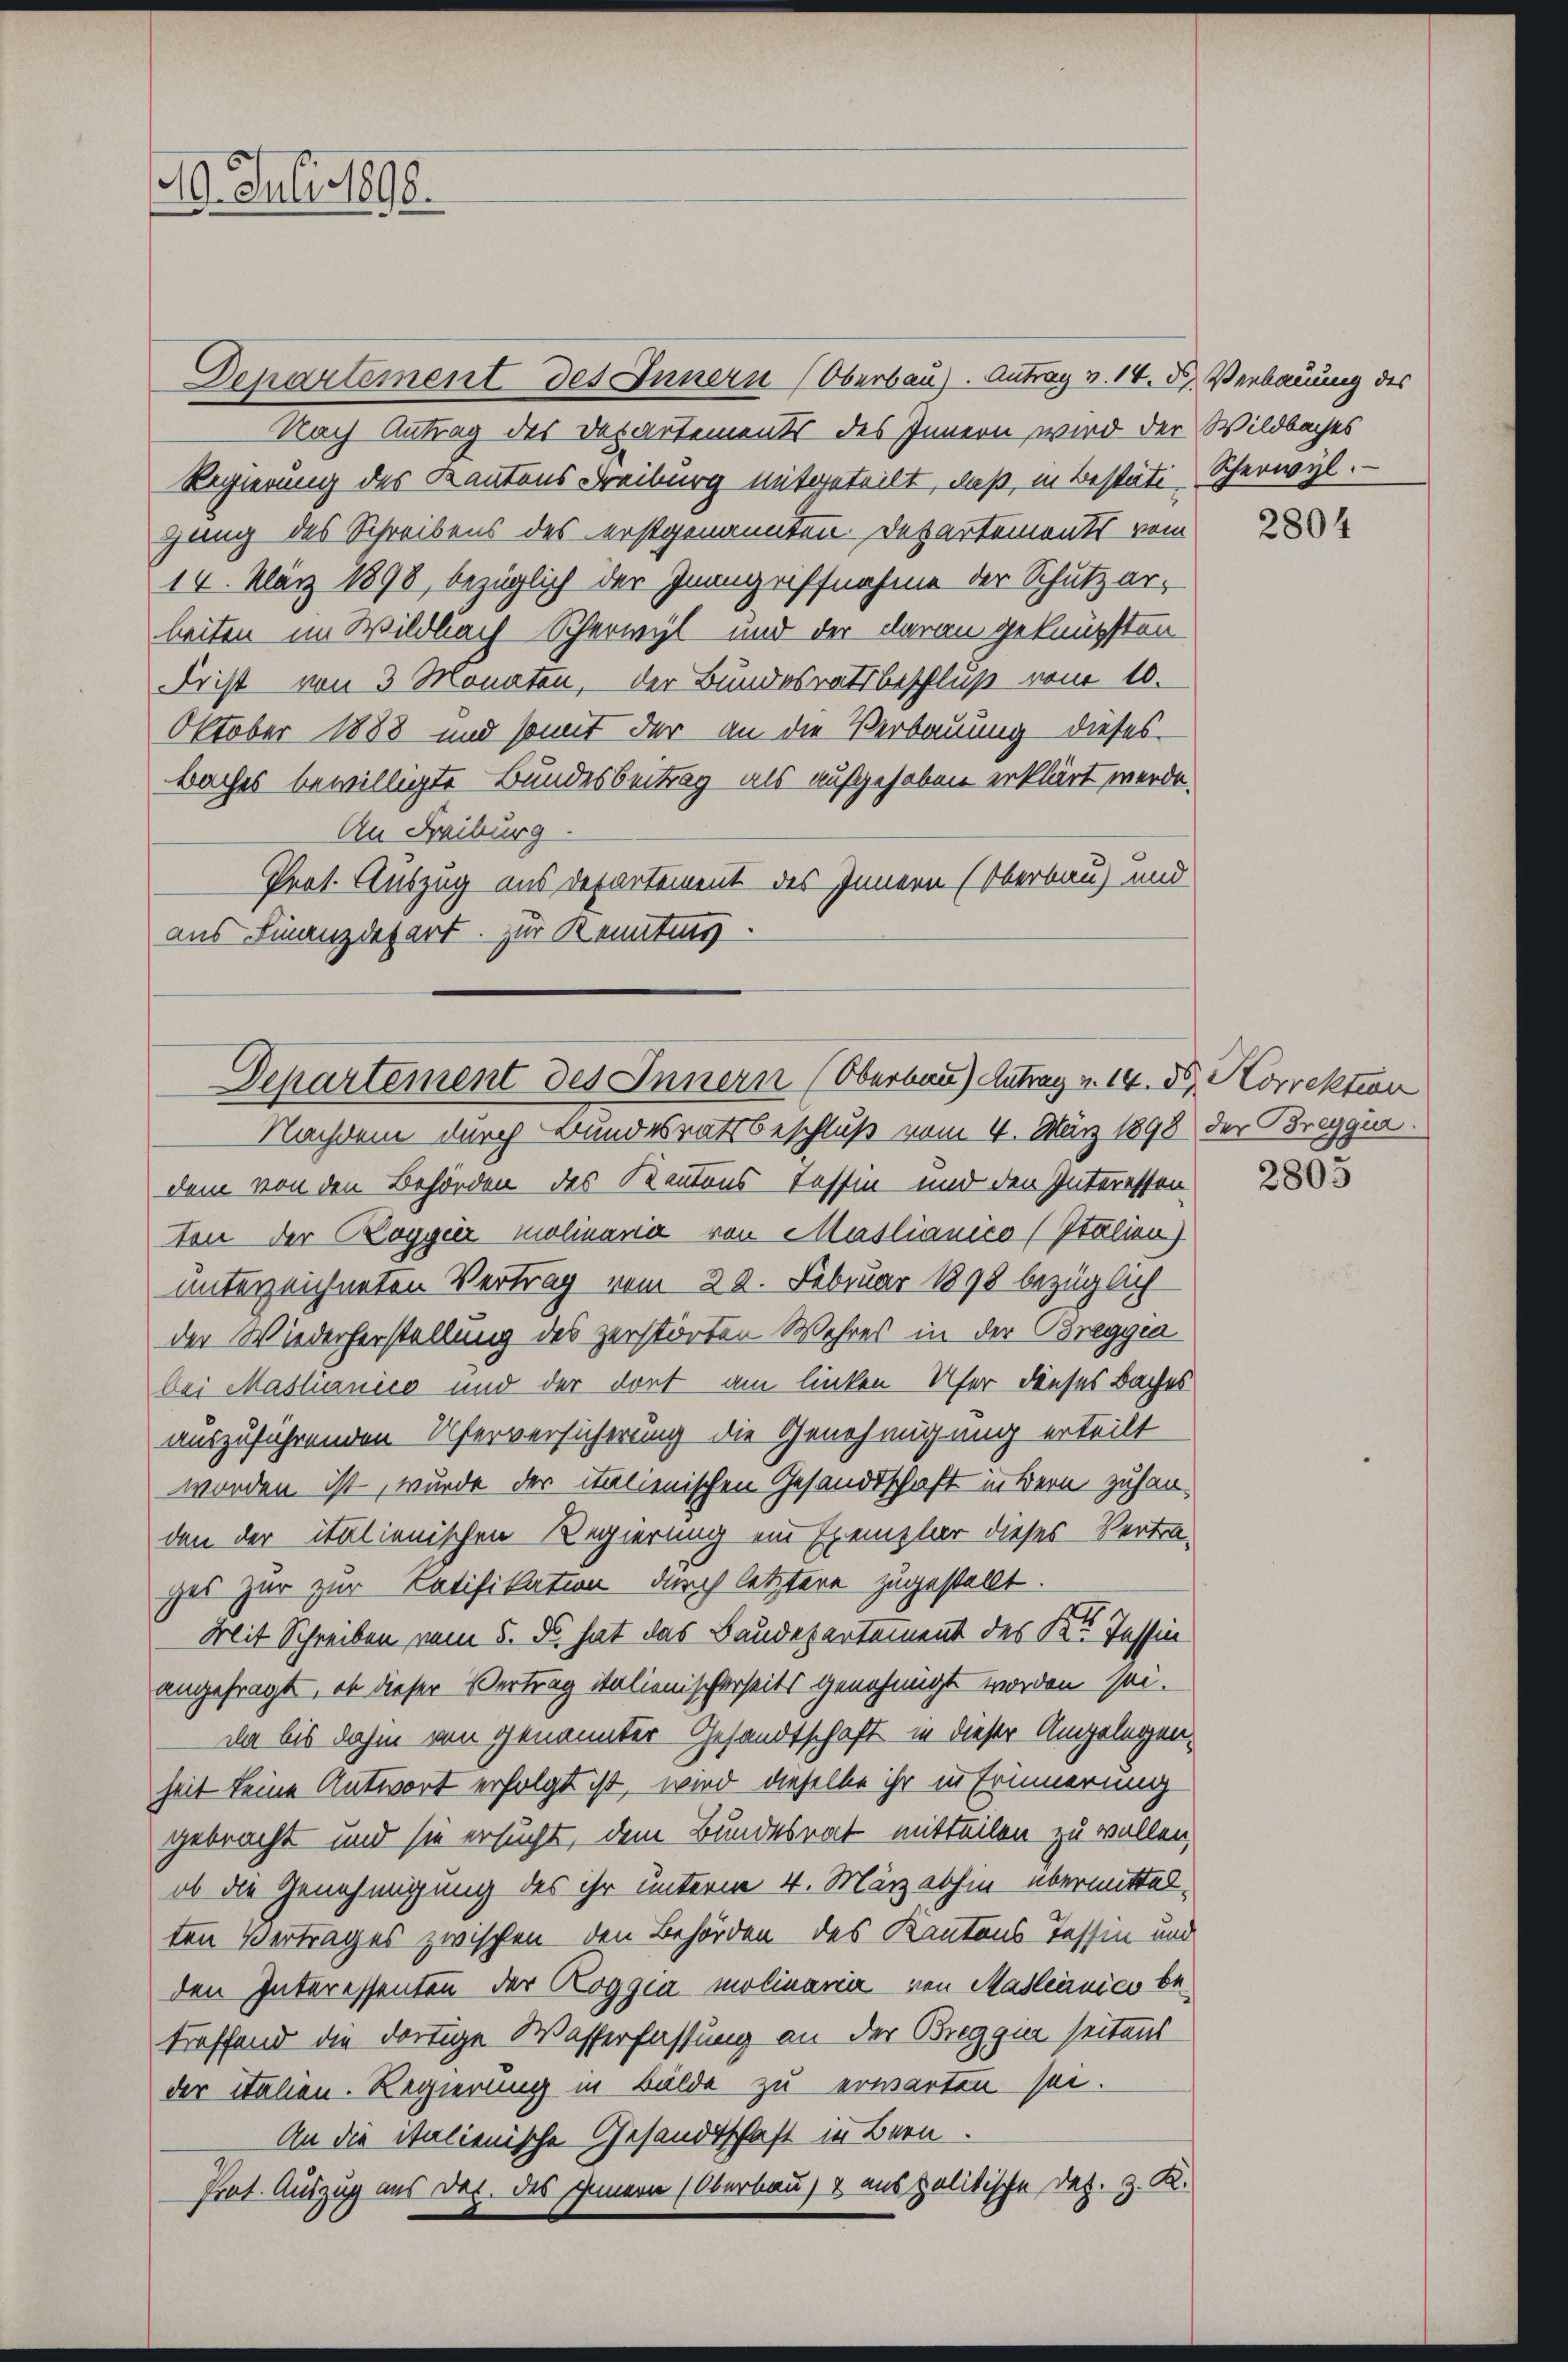
Departement des Innern (Oberbau). Antrag v. 14. d. Verbauung des
Nach Antrag des Departements des Innern wird der Wildbaches
Regierung des Kantons Freiburg mitgeteilt, daß, in Bestäti-Scherwyl.
gang des Schreibens des erstgenannten Departements vom
14. März 1898, bezüglich der Inangriffnahme der Schutz erbeiten im Wildbach Scherwyl und der daran geknüpften
Frist von 3 Monaten, der Bundesratsbeschluß vom 10.
Oktober 1888 und somit der an die Verbauung dieses
Baches bewilligte Bundesbeitrag als aufgehoben erklärt werde.
An Freiburg.
Prat. Auszug aus Departement des Innern (Oberbau) und
aus Finanzdepart. Zur Kenntung.

40. Juli 1898.

Departement des Innern (Oberbau) Antrag v. 14.
Nachdem durch Bundesratsbeschluß vom 4. März 1898 der Breggia.

dem von den Behörden des Reutens Tessin und den Interessen
Hon der Cogger Molinaria von Maslianico (Italien)
unterzeichneten Vertrag vom 20. Februar 1890 bezüglich
der Wiederherstellung des zerstörten Wahres in der Breggen
bei Mastianico und der dort am linken Ufer dieses Baches
auszuführenden Uferversicherung die Genehmigung erteilt
worden ist, wurde der italienischen Gesandtschaft in Bern zuhanden der italienischen Regierung ein Exemplar dieses Vertra-
ges zur zur Ratifikation durch letztere zugestellt.
Mit Schreiben vom 5. So hat das Baudepartement des Kt. Tessin
angefragt, ob dieser Vertrag italienischerseits genehmigt worden sei.
da bis dahin von genannter Gesandtschaft in dieser Angelegenheit keine Antwort erfolgt ist, wird dieselbe ihr in Erinnerung
gebracht und sie ersucht, dem Bundesrat mitteilen zu wollen,
ob die Genehmigung des ihr unterm 4. März abhin übermittelten Vertrages zwischen den Behörden des Kantons Tessin und
den Interessenten der Roggia molinaria von Masleinico betreffend die dortige Wasserfassung an der Breggia seitend
der italien. Regierung in Bälde zu erwarten sei.
An die italienische Gesandtschaft in Bern.
Prat. Auszug aus des. des Innern (Oberbau & aus politische des. z. K.

2804

Korrektion

2805